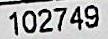
102749